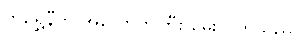
ကိုရွှေနီက အလောတကြီး မေးလိုက်သည်။